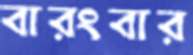
বারংবার